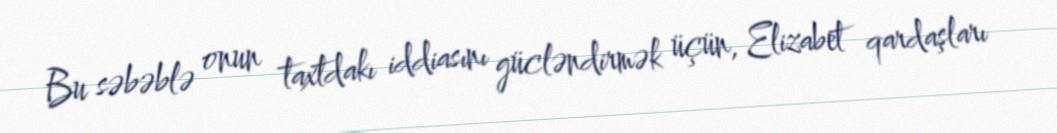
Bu səbəblə onun taxtdakı iddiasını gücləndirmək üçün, Elizabet qardaşları